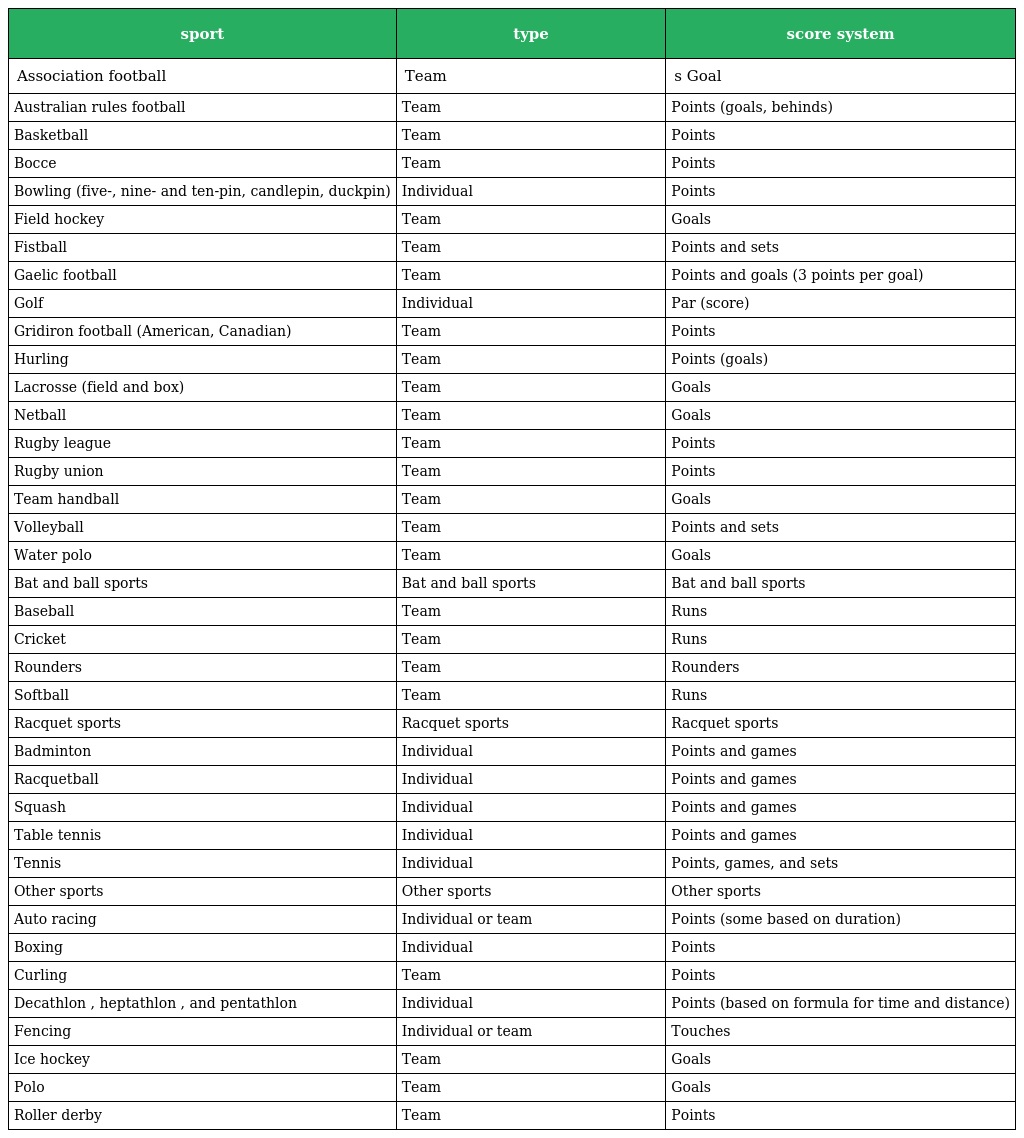
| sport | type | score system |
 | --- | --- | --- |
 | Association football | Team | s Goal |
 | Australian rules football | Team | Points (goals, behinds) |
 | Basketball | Team | Points |
 | Bocce | Team | Points |
 | Bowling (five-, nine- and ten-pin, candlepin, duckpin) | Individual | Points |
 | Field hockey | Team | Goals |
 | Fistball | Team | Points and sets |
 | Gaelic football | Team | Points and goals (3 points per goal) |
 | Golf | Individual | Par (score) |
 | Gridiron football (American, Canadian) | Team | Points |
 | Hurling | Team | Points (goals) |
 | Lacrosse (field and box) | Team | Goals |
 | Netball | Team | Goals |
 | Rugby league | Team | Points |
 | Rugby union | Team | Points |
 | Team handball | Team | Goals |
 | Volleyball | Team | Points and sets |
 | Water polo | Team | Goals |
 | Bat and ball sports | Bat and ball sports | Bat and ball sports |
 | Baseball | Team | Runs |
 | Cricket | Team | Runs |
 | Rounders | Team | Rounders |
 | Softball | Team | Runs |
 | Racquet sports | Racquet sports | Racquet sports |
 | Badminton | Individual | Points and games |
 | Racquetball | Individual | Points and games |
 | Squash | Individual | Points and games |
 | Table tennis | Individual | Points and games |
 | Tennis | Individual | Points, games, and sets |
 | Other sports | Other sports | Other sports |
 | Auto racing | Individual or team | Points (some based on duration) |
 | Boxing | Individual | Points |
 | Curling | Team | Points |
 | Decathlon , heptathlon , and pentathlon | Individual | Points (based on formula for time and distance) |
 | Fencing | Individual or team | Touches |
 | Ice hockey | Team | Goals |
 | Polo | Team | Goals |
 | Roller derby | Team | Points |